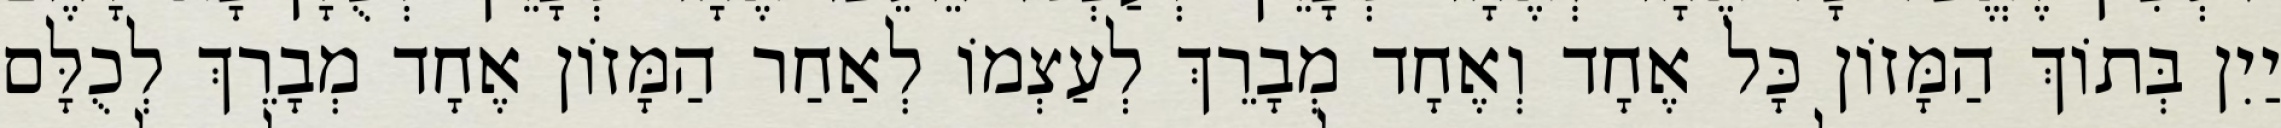
יַיִן בְּתוֹךְ הַמָּזוֹן כָּל אֶחָד וְאֶחָד מְבָרֵךְ לְעַצְמוֹ לְאַחַר הַמָּזוֹן אֶחָד מְבָרֵךְ לְכֻלָּם